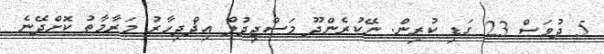
5 ދުވަސް 23 ގަޑި ކުރިން. ނޭކުރެންދޫ މަސްޖިދުލް އިޛްދިހާރު މަރާމާތު ކޮށްދޭނެ